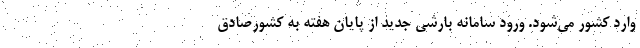
وارد کشور می‌شود. ورود سامانه بارشی جدید از پایان هفته به کشورصادق